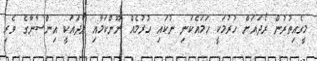
މީގެއިތުރުން ރޯދައަށް ހުރުމަކީ ހަމައެކަނި ނުކައި ހުރުމެއް ނޫންކަމާއި ރޯދައަކީ އިންސާނާގެ ވެރި